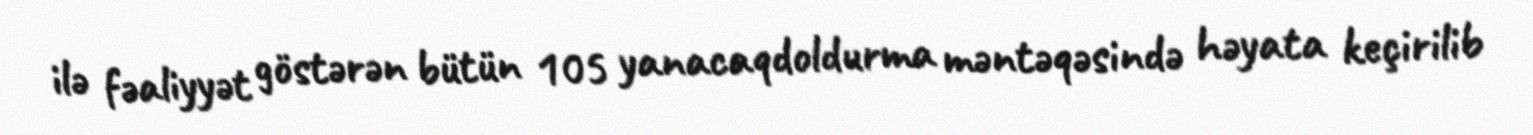
ilə fəaliyyət göstərən bütün 105 yanacaqdoldurma məntəqəsində həyata keçirilib